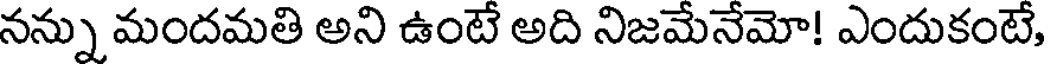
నన్ను మందమతి అని ఉంటే అది నిజమేనేమో! ఎందుకంటే,